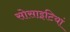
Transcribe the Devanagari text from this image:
सोसाइटियां